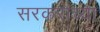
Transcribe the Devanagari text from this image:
सरकरांच्या